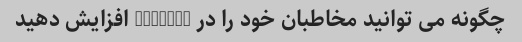
چگونه می توانید مخاطبان خود را در YouTube افزایش دهید